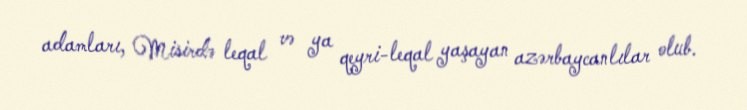
adamları, Misirdə leqal və ya qeyri-leqal yaşayan azərbaycanlılar olub.